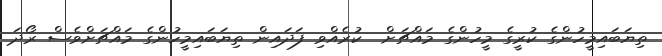
ތިޔަބައިމީހުންގެ ކުރީގެ މީހުންގެ މައްޗަށް  ކުރެއްވި ފަދައިން ތިޔަބައިމީހުންގެ މައްޗަށްވެސް ރޯދަ